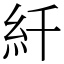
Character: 䊹